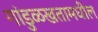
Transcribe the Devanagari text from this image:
गांडुळखतामधील